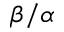
\beta / \alpha